Vabadussoja_Ajaloo_Komitee, lk 67
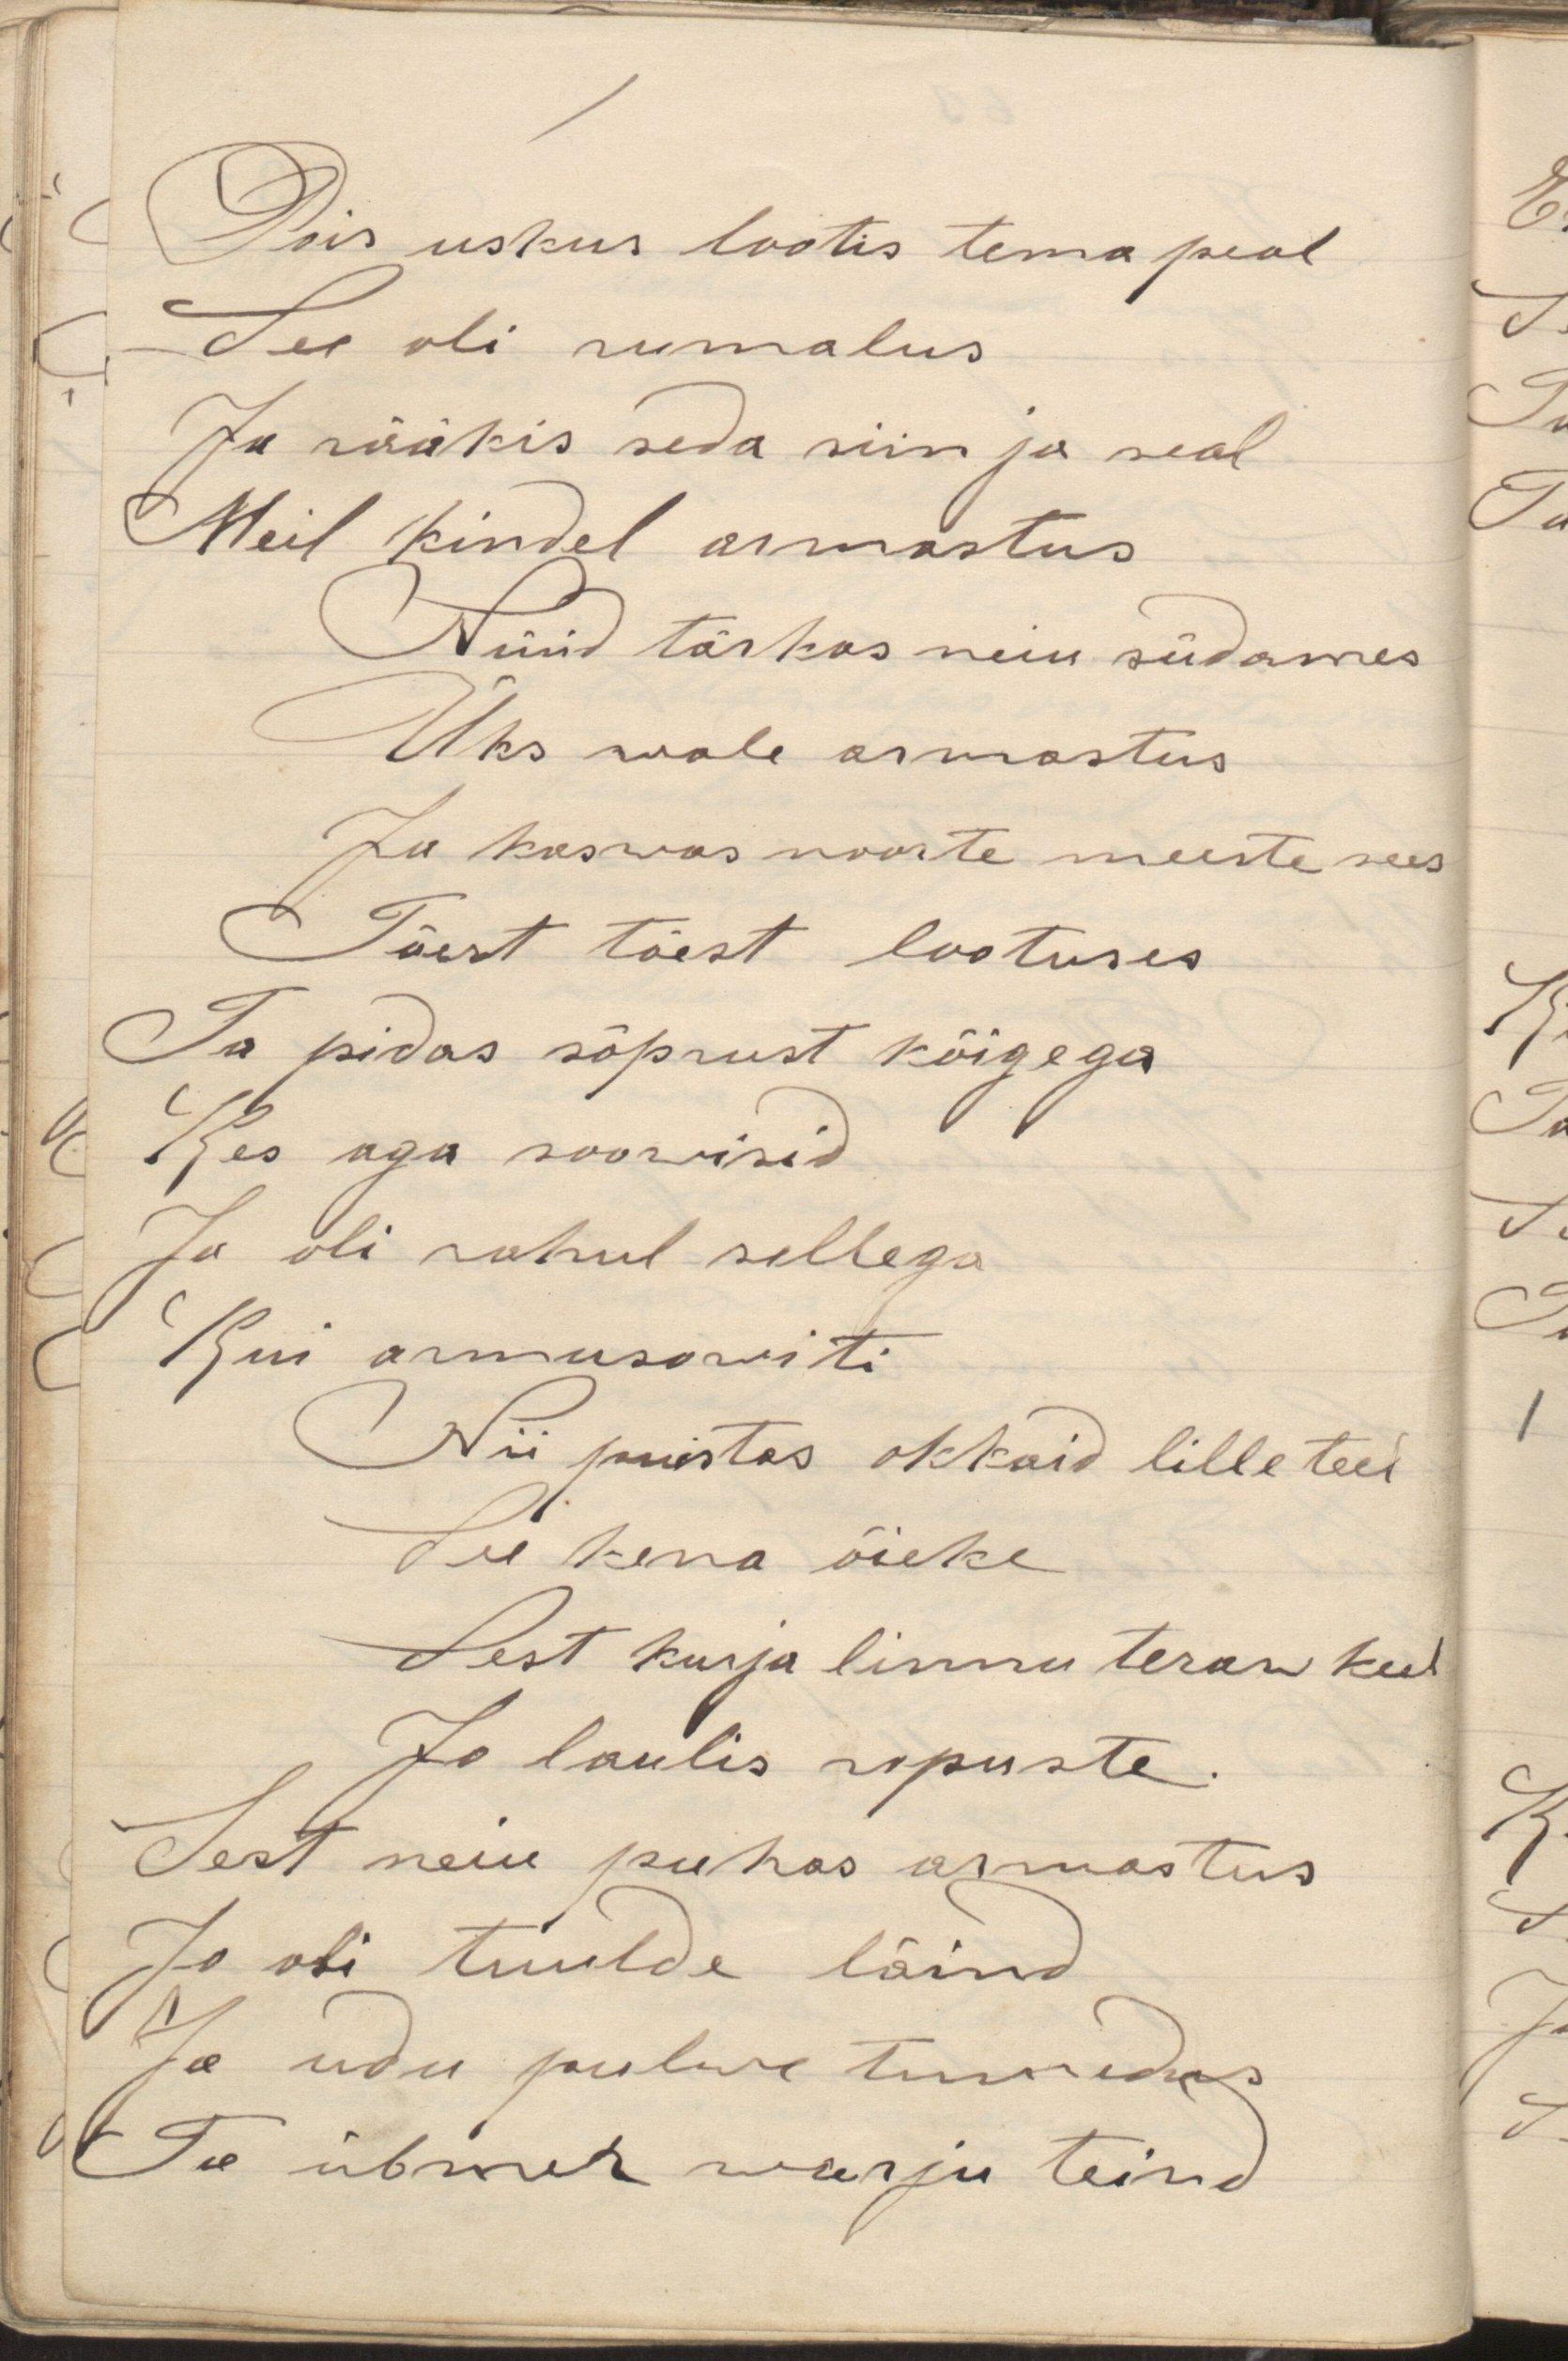
Pois uskus lootis tema peal
See oli rumalus
Ja rääkis seda siin ja seal
Meil kindel armastus
Nüüd tärkas neiu südames
Üks wale armastus
Ja kaswas noorte meeste sees
Tõest tõest lootuses
Ta pidas sõprust kõigega
Kes aga soowisid
Ja oli rahul sellega
Kui armusoowiti
Nii puistas okkaid lille teel
See kena õieke
Sest kurja linnu teraw keel
Ja laulis ropuste.
Sest neiu puhas armastus
Jo oli tuulde läind
Ja udu pulwe tumedus
Ta ümber warju teind